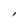
Character: l